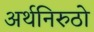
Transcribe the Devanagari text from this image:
अर्थनिरुठो